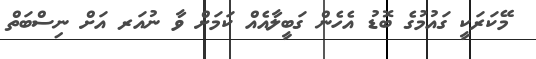
މޭކަރަކީ ގައުމުގެ ބޮޑު އެހެން ގަބީލާއެއް ކަމަށް ވާ ނުއަރ އަށް ނިސްބަތް